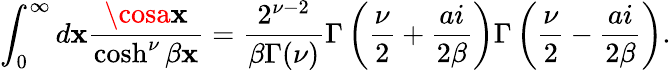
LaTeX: \int_{0}^{\infty}d\mathbf{x}\frac{{\cosa\mathbf{x}}}{{\cosh^{\nu}\beta\mathbf{x}}}=\frac{{2^{\nu-2}}}{{\beta\Gamma(\nu)}}\Gamma\left(\frac{{\nu}}{{2}}+\frac{{ai}}{{2\beta}}\right)\Gamma\left(\frac{{\nu}}{{2}}-\frac{{ai}}{{2\beta}}\right).